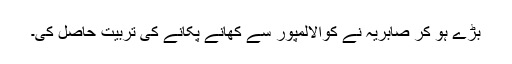
بڑے ہو کر صابریہ نے کوالالمپور سے کھانے پکانے کی تربیت حاصل کی۔